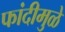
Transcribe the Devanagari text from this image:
फांदीमुळे